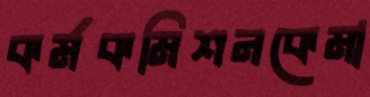
কর্মকমিশনকেমা